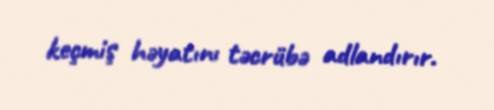
keçmiş həyatını təcrübə adlandırır.